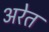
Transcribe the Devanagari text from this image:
अरेत